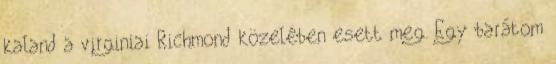
kaland a virginiai Richmond közelében esett meg. Egy barátom